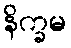
နိက္ခမ